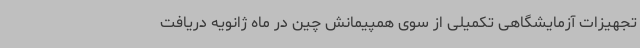
تجهیزات آزمایشگاهی تکمیلی از سوی همپیمانش چین در ماه ژانویه دریافت